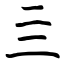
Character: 亖